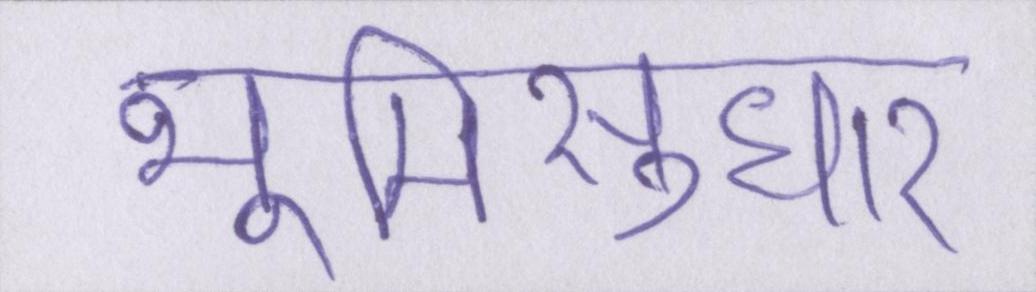
भूमिसुधार